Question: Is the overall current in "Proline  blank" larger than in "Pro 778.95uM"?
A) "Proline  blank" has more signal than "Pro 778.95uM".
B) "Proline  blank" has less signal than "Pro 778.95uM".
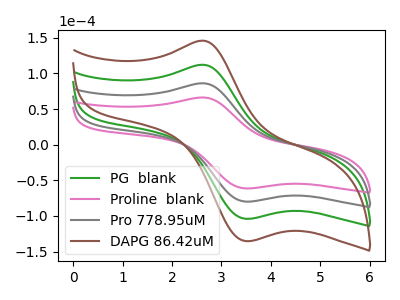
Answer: <think>The green curve "PG  blank" has an anodic peak at (2.60V, 172.20uA) and a cathodic peak at (3.50V, -159.85uA). The pink curve "Proline  blank" has an anodic peak at (2.60V, 66.15uA) and a cathodic peak at (3.50V, -61.40uA). The gray curve "Pro 778.95uM" has an anodic peak at (2.60V, 86.10uA) and a cathodic peak at (3.50V, -79.95uA). The brown curve "DAPG 86.42uM" has an anodic peak at (2.60V, 258.30uA) and a cathodic peak at (3.50V, -239.80uA).
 All the peaks in "Proline  blank" have a peak in "Pro 778.95uM" at the same potential. Every peak in "Proline  blank" is lower than every peak in "Pro 778.95uM".</think>
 <answer>B) "Proline  blank" has less signal than "Pro 778.95uM".</answer>
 <eval>B</eval>